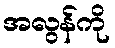
အလွန်ကို